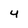
Character: 4